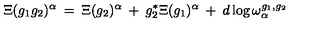
\Xi ( g _ { 1 } g _ { 2 } ) ^ { \alpha } \: = \: \Xi ( g _ { 2 } ) ^ { \alpha } \: + \: g _ { 2 } ^ { * } \Xi ( g _ { 1 } ) ^ { \alpha } \: + \: d \log \omega _ { \alpha } ^ { g _ { 1 } , g _ { 2 } }